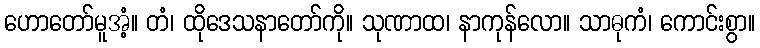
ဟောတော်မူအံ့။ တံ၊ ထိုဒေသနာတော်ကို။ သုဏာထ၊ နာကုန်လော။ သာဓုကံ၊ ကောင်းစွာ။